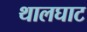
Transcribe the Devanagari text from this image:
थालघाट